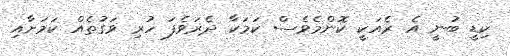
ކިޑީ ބުނީ އެ ރެއަކީ ކޮންމެވެސް ކަމަކާ ދެރަވެފަ ހުރި ވަގުތެއް ކަމަށާއި